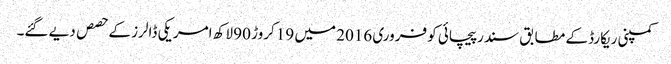
کمپنی ریکارڈ کے مطابق سندر پیچائی کو فروری 2016 میں 19 کروڑ 90 لاکھ امریکی ڈالرز کے حصص دیے گئے۔